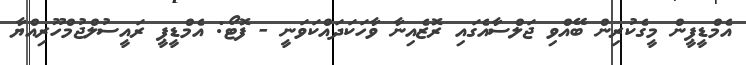
އެމްޑީޕީން މީގެކުރިން ބޭއްވި ޖަލްސާއެގައި ރޮޒެއިނާ ވާހަކަދައްކަވަނީ - ފޮޓޯ: އެމްޑީޕީ ރައީސުލްޖުމްހޫރިއްޔާ